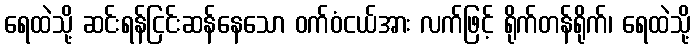
ရေထဲသို့ ဆင်းရန်ငြင်းဆန်နေသော ဝက်ဝံငယ်အား လက်ဖြင့် ရိုက်တန်ရိုက်၊ ရေထဲသို့